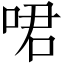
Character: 𠲰